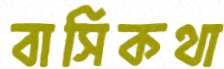
বাসিকথা